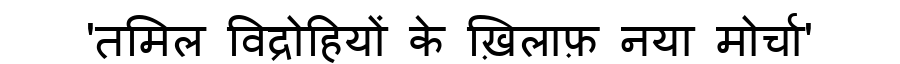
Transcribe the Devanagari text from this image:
'तमिल विद्रोहियों के ख़िलाफ़ नया मोर्चा'